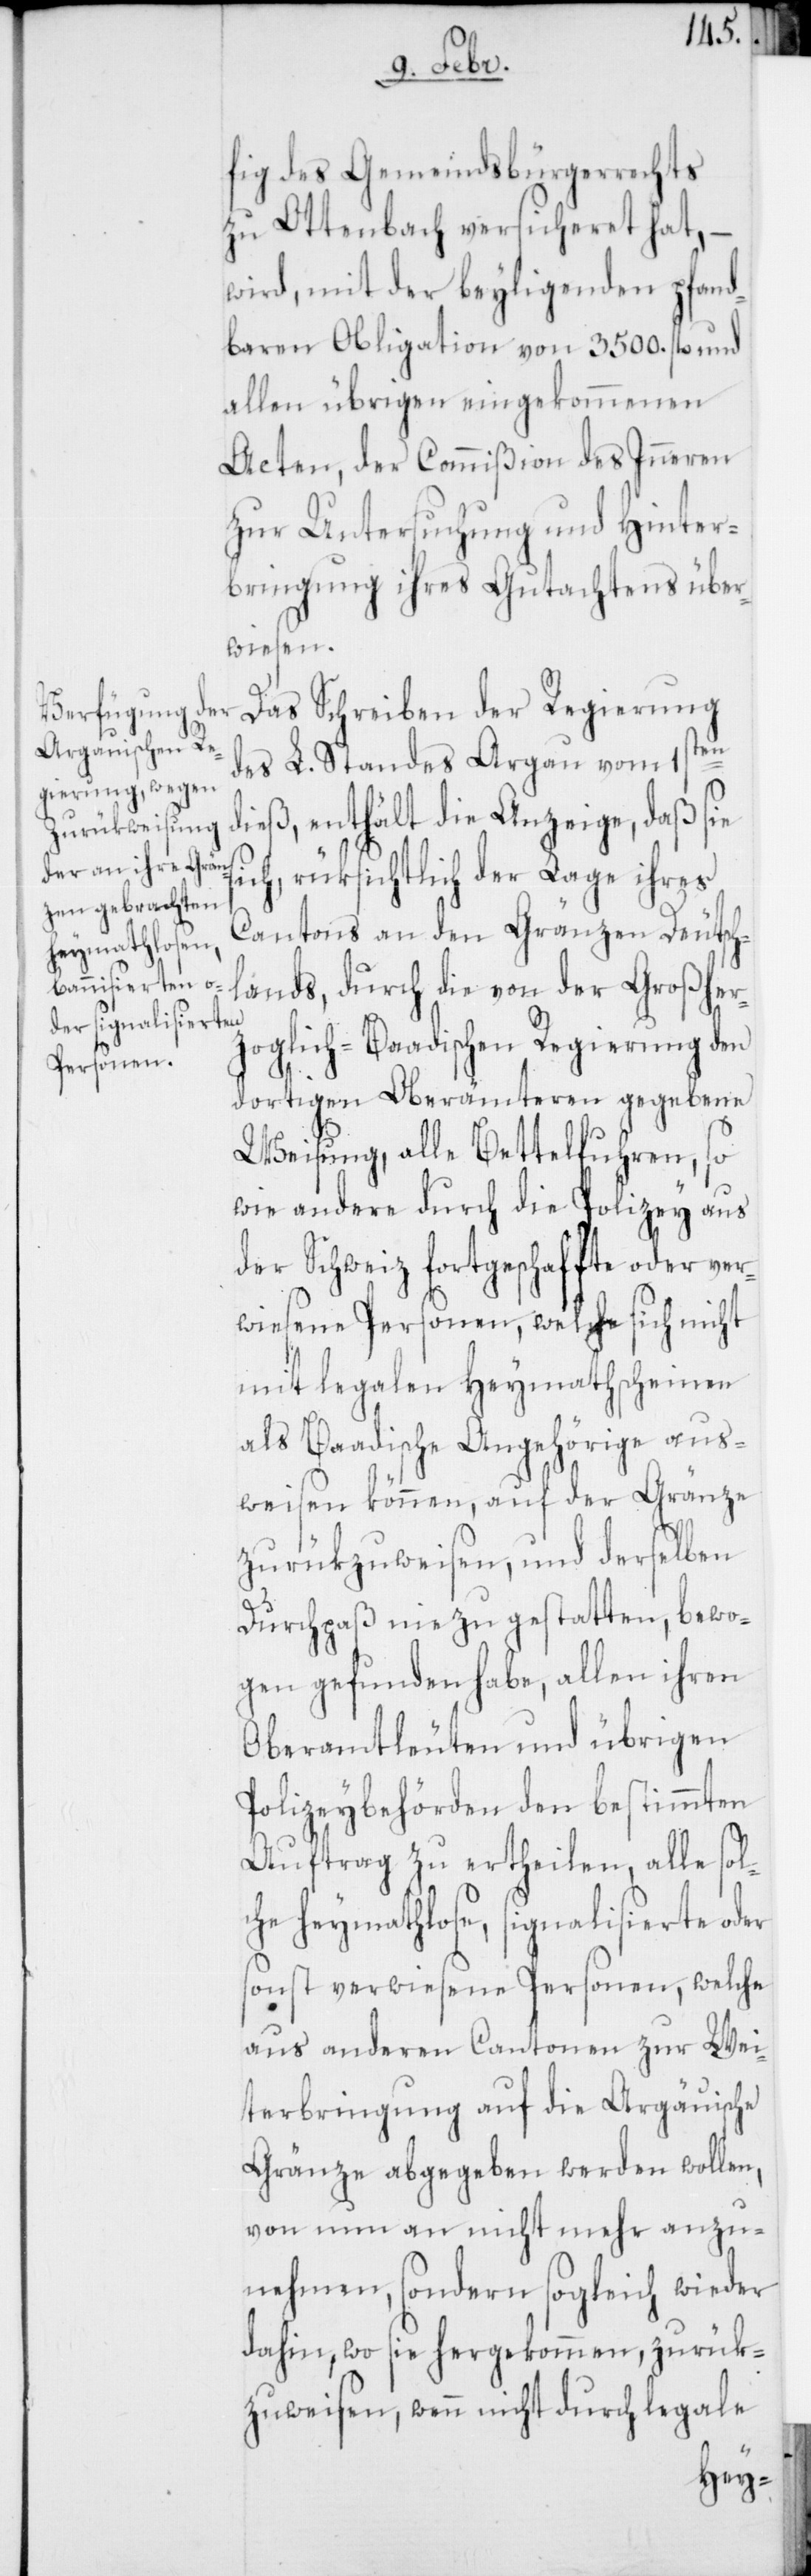
fig des Gemeindbürgerrechts
zu Ottenbach versicheret hat, –
wird mit der beyligenden pfand¬
baren Obligation von 3500. fl. und
allen übrigen eingekommenen
Acten, der Commißion des Inneren
zur Untersuchung und Hinter¬
bringung ihres Gutachtens über¬
wiesen.
Das Schreiben der Regierung
des L. Standes Argau vom 1sten
dieß, enthält die Anzeige, daß sie
ch, rüksichtlich der Lage ihres
Cantons an den Gränzen Deutsch¬
lands, durch die von der Großher¬
zoglich-Baadischen Regierung den
dortigen Oberämteren gegebene
Weisung, alle Bettelfuhren, so
wie andere durch die Polizey aus
der Schweiz fortgeschaffte oder ver¬
wiesene Personen, welche sich nicht
mit legalen Heymathscheinen
als Baadische Angehörige aus¬
weisen können, auf der Gränze
zurükzuweisen, und derselben
Durchpaß nie zu gestatten, bewo¬
gen gefunden habe, allen ihren
Oberamtleuten und übrigen
Polizeybehörden den bestimmten
Auftrag zu ertheilen, alle sol¬
che heymathlose, signalisierte oder
sonst verwiesene Personen, welche
aus anderen Cantonen zur Wei¬
terbringung auf die Argauische
Gränze abgegeben werden wollen,
von nun an nicht mehr anzu¬
nehmen, sondern sogleich wieder
dahin, wo sie hergekommen, zurük¬
zuweisen, wenn nicht durch legale
si¬